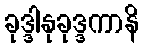
ခုဒ္ဒါနုခုဒ္ဒကာနိ